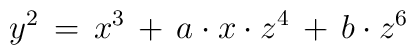
y^2\,=\,x^3\,+\,a \cdot x \cdot z^4 \, +\, b \cdot z^6